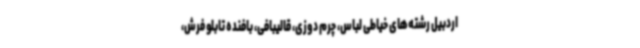
اردبیل رشته‌های خیاطی لباس، چرم دوزی، قالیبافی، بافنده تابلو فرش،